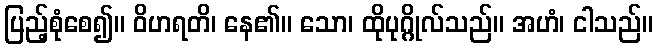
ပြည့်စုံစေ၍။ ဝိဟရတိ၊ နေ၏။ သော၊ ထိုပုဂ္ဂိုလ်သည်။ အဟံ၊ ငါသည်။